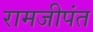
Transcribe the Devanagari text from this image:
रामजीपंत